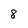
Character: 8